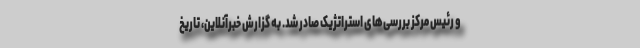
و رئیس مرکز بررسی‌های استراتژیک صادر شد. به گزارش خبرآنلاین، تاریخ